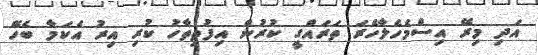
އަދި މިރޭ އިސްމެހެލާހެރަ ތަރައްގީ ކުރުން އިފުތިތާހު ކުރި އިރު އެކަމާ ބެހޭ